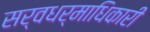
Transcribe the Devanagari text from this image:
सर्वधर्माधिकारी